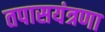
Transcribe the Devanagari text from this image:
तपासयंत्रणा